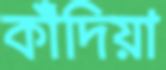
কাঁদিয়া